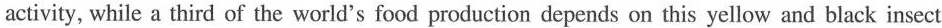
activity, while a third of the world's food production depends on this yellow and black insect